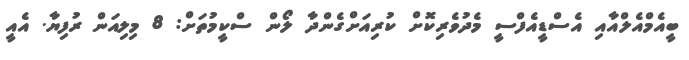
ބީއެމްއެލްއާއި އެސްޑީއެފްސީ މެދުވެރިކޮށް ކުރިއަށްގެންދާ ލޯން ސްކީމުތަށް: 8 މިލިއަން ރުފިޔާ. އެއީ